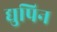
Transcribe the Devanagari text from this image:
द्युपिन